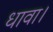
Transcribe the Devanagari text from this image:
धावा।